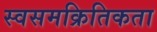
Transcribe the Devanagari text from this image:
स्वसमक्रितिकता